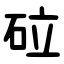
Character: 砬